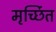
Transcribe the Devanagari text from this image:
मृर्च्छित